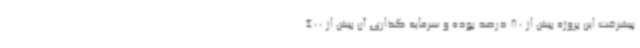
پیشرفت این پروژه بیش از 80 درصد بوده و سرمایه گذاری آن بیش از 400